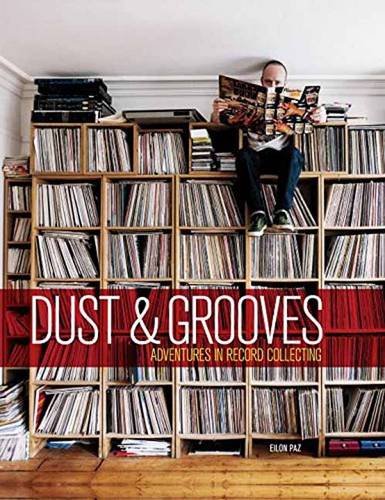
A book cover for Dust & Grooves: Adventures in Record Collecting; Eilon Paz; Crafts, Hobbies & Home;